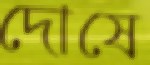
দোষে